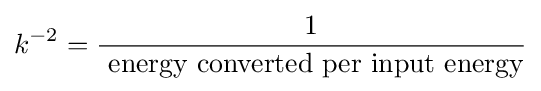
k^{-2}={\frac {1}{\mbox{ energy converted per input energy}}}